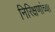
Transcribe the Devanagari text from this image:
निरिक्षणांच्या